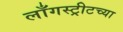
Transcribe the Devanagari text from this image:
लाँगस्ट्रीटच्या